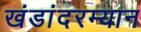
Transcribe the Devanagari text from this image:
खंडांदरम्यान